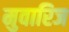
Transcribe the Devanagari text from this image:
मुवारिज